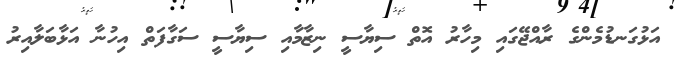
އަޅުގަނޑުމެންގެ ރާއްޖޭގައި މިހާރު އޮތް ސިޔާސީ ނިޒާމާއި ސިޔާސީ ސަގާފަތް އިހުނާ އަޅާބަލާއިރު